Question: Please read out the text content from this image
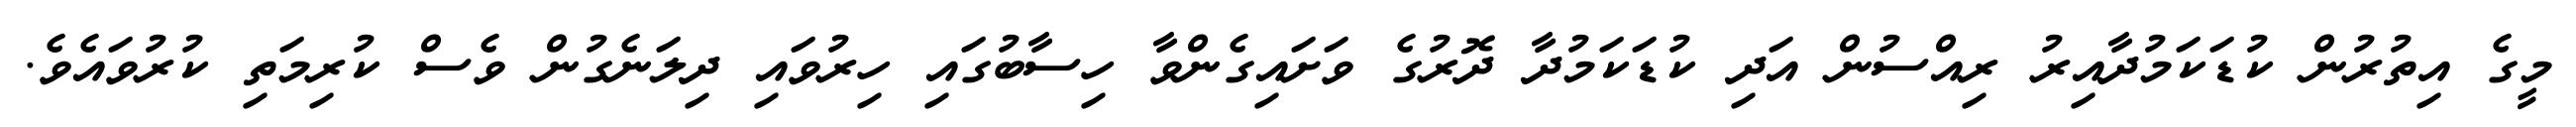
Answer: މީގެ އިތުރުން ކުޑަކަމުދާއިރު ރިއްސުން އަދި ކުޑަކަމުދާ ދޮރުގެ ވަށައިގެންވާ ހިސާބުގައި ހިރުވައި ދިލަނެގުން ވެސް ކުރިމަތި ކުރުވައެވެ.